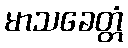
မာသခေတ္တံ